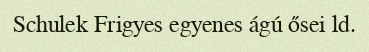
Schulek Frigyes egyenes ágú ősei ld.